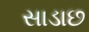
સાડાછ